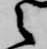
之